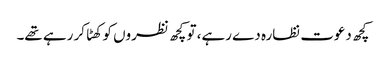
کچھ دعوت نظارہ دے رہے، تو کچھ نظروں کو کھٹا کر رہے تھے۔